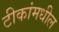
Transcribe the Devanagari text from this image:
टीकांमधील